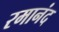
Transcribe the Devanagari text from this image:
रमानंद